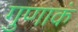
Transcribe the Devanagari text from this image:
गुणाकं